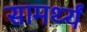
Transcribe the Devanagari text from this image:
सामर्थ्यं